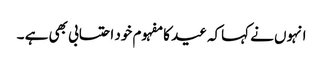
انہوں نے کہاکہ عید کا مفہوم خود احتسابی بھی ہے ۔